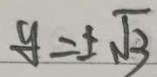
y = \pm \sqrt { 3 }